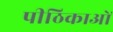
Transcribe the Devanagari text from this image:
पीठिकाओं